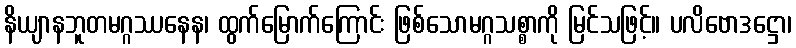
နိယျာနဘူတမဂ္ဂဿနေန၊ ထွက်မြောက်ကြောင်း ဖြစ်သောမဂ္ဂသစ္စာကို မြင်သဖြင့်။ ပလိဗောဒဋ္ဌော၊